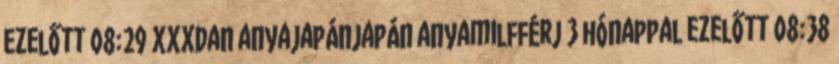
ezelőtt 08:29 XXXDan anyajapánjapán anyamilfférj 3 hónappal ezelőtt 08:38